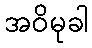
အဝိမုခါ